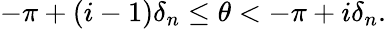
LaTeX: -\pi+(i-1)\delta_{n}\le\theta<-\pi+i\delta_{n}.